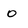
Character: o